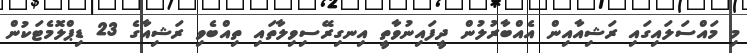
މި މައްސަލައިގައި ރަޝިއާއިން އެއްބާރުލުން ދީފައިނުވާތީ އިނގިރޭސިވިލާތައި ތިއްބެވި ރަޝިއާގެ 23 ޑިޕްލޮމެޓަކުން